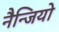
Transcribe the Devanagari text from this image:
नैन्जियो